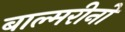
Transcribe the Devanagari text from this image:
बाल्मरीनो